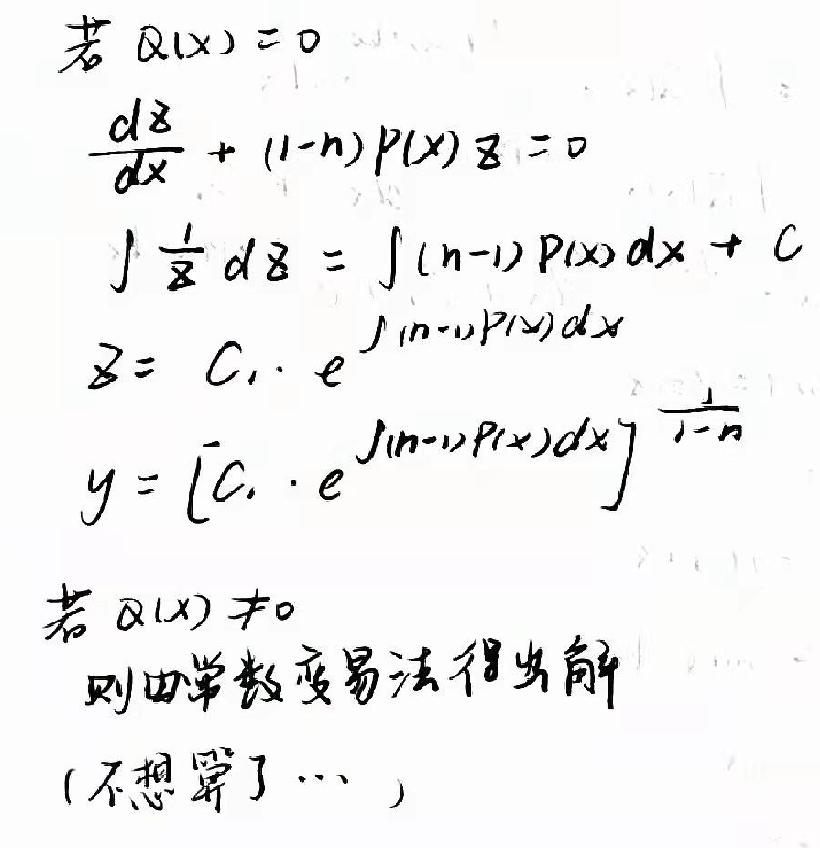
若$ Q(x)=0$\\
$\frac{dz}{dx}+(1 - n)P(x)z = 0$\\
$\int\frac{1}{z}dz=\int(n - 1)P(x)dx + C$\\
$z = C_1\cdot e^{\int(n - 1)P(x)dx}$\\
$y = [C_1\cdot e^{\int(n - 1)P(x)dx}]^{\frac{1}{1 - n}}$\\
若$ Q(x)\neq0$\\
则由常数变易法得出解\\
(不想写了…)